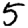
Digit: 5